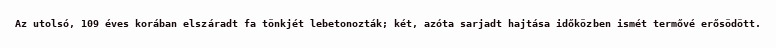
Az utolsó, 109 éves korában elszáradt fa tönkjét lebetonozták; két, azóta sarjadt hajtása időközben ismét termővé erősödött.